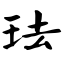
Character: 珐